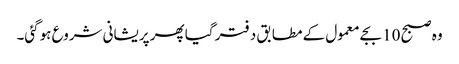
وہ صبح 10 بجے معمول کے مطابق دفتر گیا پھر پریشانی شروع ہوگئی۔